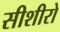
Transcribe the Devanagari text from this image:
सीशीरो